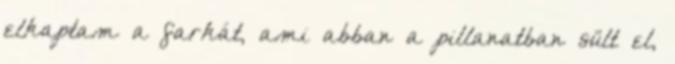
elkaptam a farkát, ami abban a pillanatban sült el,